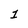
Character: 1